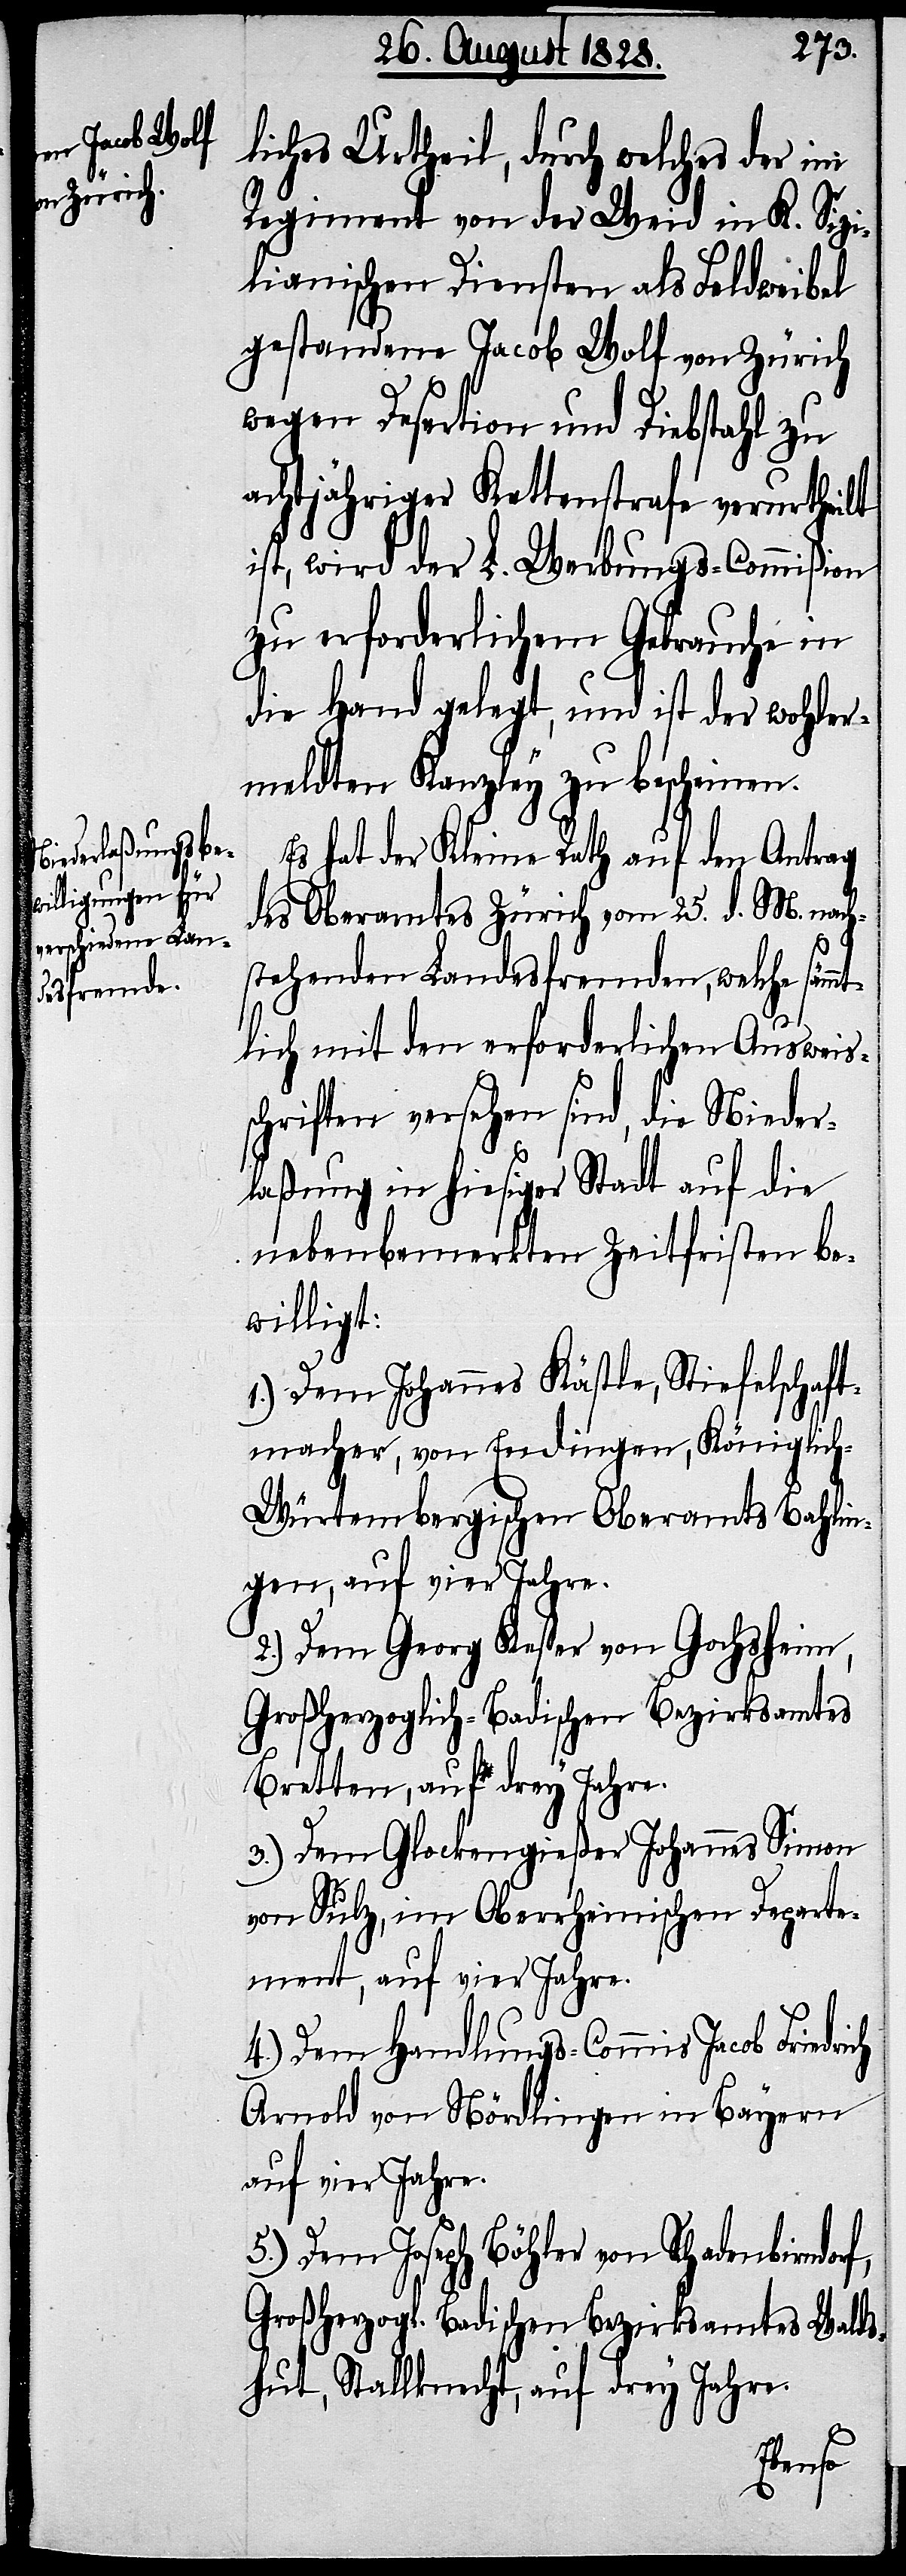
liches Urtheil, durch welches der im
Regiment von der Weid in K. Sizi¬
lianischen Diensten als Feldweibel
gestandene Jacob Wolf von Zürich
wegen Desertion und Diebstahl zu
achtjähriger Kettenstrafe verurtheilt
ist, wird der L. Werbungs-Commißion
zu erforderlichem Gebrauche in
die Hand gelegt, und ist der wohler¬
meldten Kanzley zu bescheinen.
Es hat der Kleine Rath auf den Antrag
des Oberamtes Zürich vom 25. d. M. nach¬
stehenden Landesfremden, welche sämm¬
f,
tlich mit den erforderlichen Ausweis¬
schriften versehen sind, die Nieder¬
laßung in hiesiger Stadt auf die
nebenbemerkten Zeitfristen be¬
willigt:
1.) Dem Johannes Kästle, Stiefelschaft¬
macher, von Endingen, Königlic¬
h-Würtembergischen Oberamts Bahlin¬
gen, auf vier Jahre.
2.) Dem Georg Kesper von Gochsheim,
Großherzoglich-Badischen Bezirksamtes
Bretten, auf drey Jahre.
3.) Dem Glockengießer Johannes Simon
von Sulz, im Oberrheinischen Departe¬
ment, auf vier Jahre.
4.) Dem Handlungs-Commis Jacob Friedri¬
Arnold von Nördlingen in Bayern
auf vier Jahre.
Dem Joseph Böhler von Schadenbirndor¬
Großherzogl. Badischen Bezirksamtes Walds¬
hut, Stallknecht, auf vier Jahre.